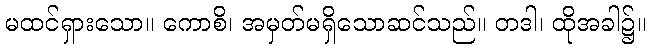
မထင်ရှားသော။ ကောစိ၊ အမှတ်မရှိသောဆင်သည်။ တဒါ၊ ထိုအခါ၌။